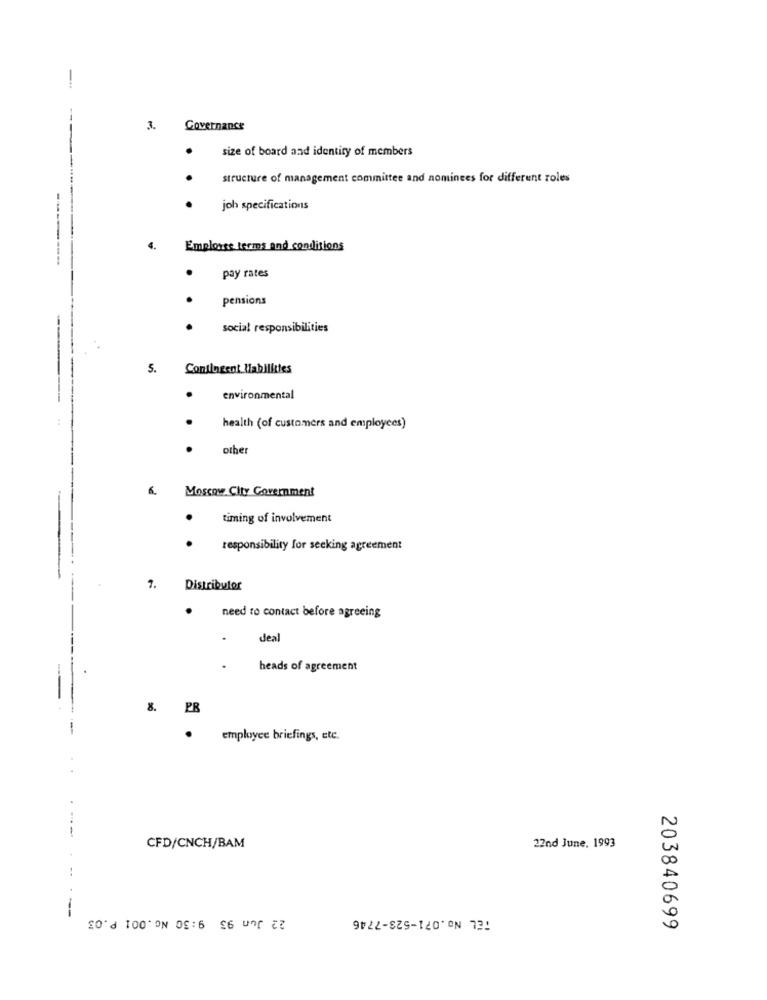
-
3.
Governance
size of board and identity of members
.
structure of management committee and nominees for different roles
joh specifications
4.
Emploise terms and conditions
.
pay rates
.
pensions
social responsibilities
5.
Contingent liabilities
.
environmental
health (of customers and employees)
other
6.
Moscow City Government
.
timing of involvement
responsibility for seeking agreement
1.
Distributor
need to contact before agreeing
deal
heads of agreement
8. PR
employee briefings, etc.
---
CFD/CNCH/BAM
22nd June, 1993
22 Jun 95 9:30 NG.001 P.03
TEL No.071-523-7746
-
203840699